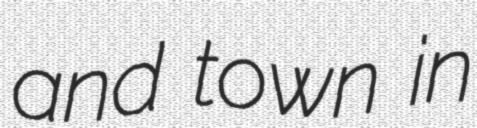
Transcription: and town in